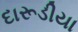
દારૂડીયા